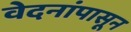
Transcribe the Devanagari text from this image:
वेदनांपासून